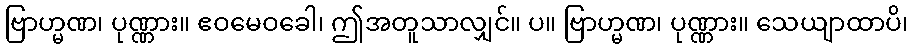
ဗြာဟ္မဏ၊ ပုဏ္ဏား။ ဧဝမေဝခေါ၊ ဤအတူသာလျှင်။ ပ။ ဗြာဟ္မဏ၊ ပုဏ္ဏား။ သေယျာထာပိ၊